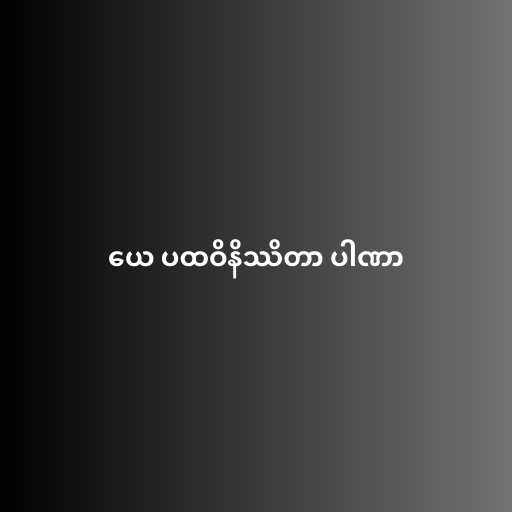
ယေ ပထဝိနိဿိတာ ပါဏာ